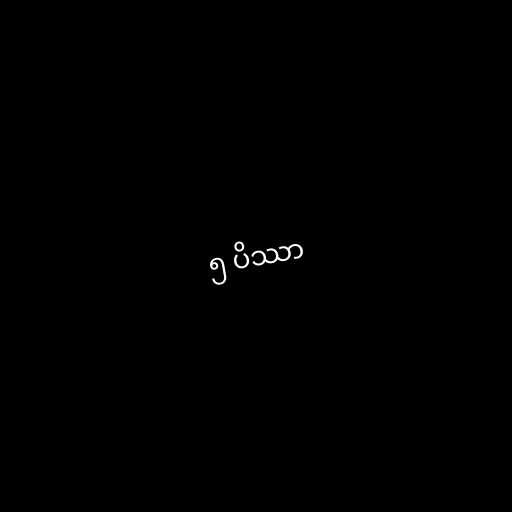
၅ ပိဿာ